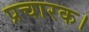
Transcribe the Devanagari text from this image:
प्रचारक।